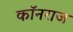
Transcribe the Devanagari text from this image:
कॉनराज